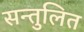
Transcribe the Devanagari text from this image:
सन्‍तुलित